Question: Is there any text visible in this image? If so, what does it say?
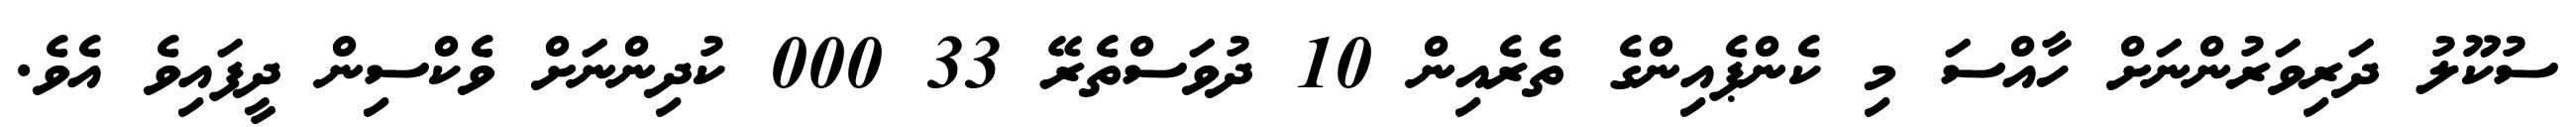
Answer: ސުކޫލު ދަރިވަރުންނަށް ހާއްސަ މި ކެންޕެއިންގެ ތެރެއިން 10 ދުވަސްތެރޭ 33 000 ކުދިންނަށް ވެކްސިން ދީފައިވެ އެވެ.